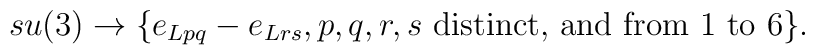
su(3)\rightarrow \{e_{Lpq}-e_{Lrs}, p,q,r,s \mbox{ distinct, and from }1\mbox{ to } 6\}.